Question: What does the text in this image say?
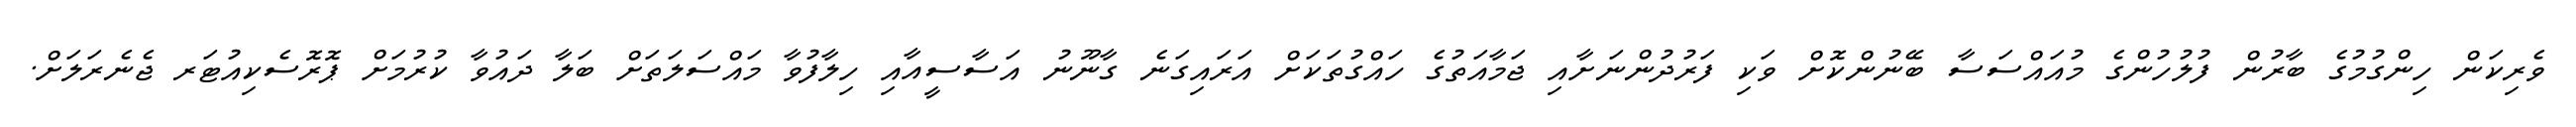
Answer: ވެރިކަން ހިންގުމުގެ ބާރުން ފުލުހުންގެ މުއައްސަސާ ބޭނުންކޮށް ވަކި ފަރުދުންނަށާއި ޖަމާއަތުގެ ހައްގުތަކަށް އަރައިގަނެ ގާނޫނު އަސާސީއާއި ހިލާފުވާ މައްސަލަތަށް ބަލާ ދައުވާ ކުރުމަށް ޕޮރޮސެކިއުޓަރ ޖެނެރަލަށް.